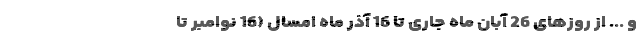
و ... از روزهای 26 آبان ماه جاری تا 16 آذر ماه امسال (16 نوامبر تا